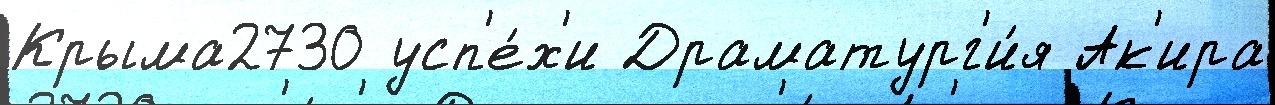
Крыма2730 усп'е́х'и Драматург'и́я Ак'ира